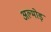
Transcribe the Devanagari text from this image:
अल्मोड़